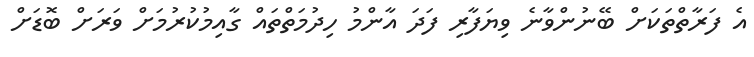
އެ ފަރާތްތަކަށް ބޭނުންވާނެ ވިޔަފާރި ފަދަ އާންމު ހިދުމަތްތައް ގާއިމުކުރުމަށް ވަރަށް ބޮޑަށް